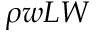
\rho w L W